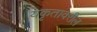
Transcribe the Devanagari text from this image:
यकृतावरील